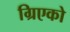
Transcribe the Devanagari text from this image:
ग्रिएको